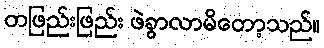
တဖြည်းဖြည်း ဖဲခွာလာမိတော့သည်။